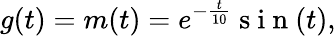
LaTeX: g(t)=m(t)=e^{-\frac{t}{10}}\mathrm{~s~i~n~}(t),